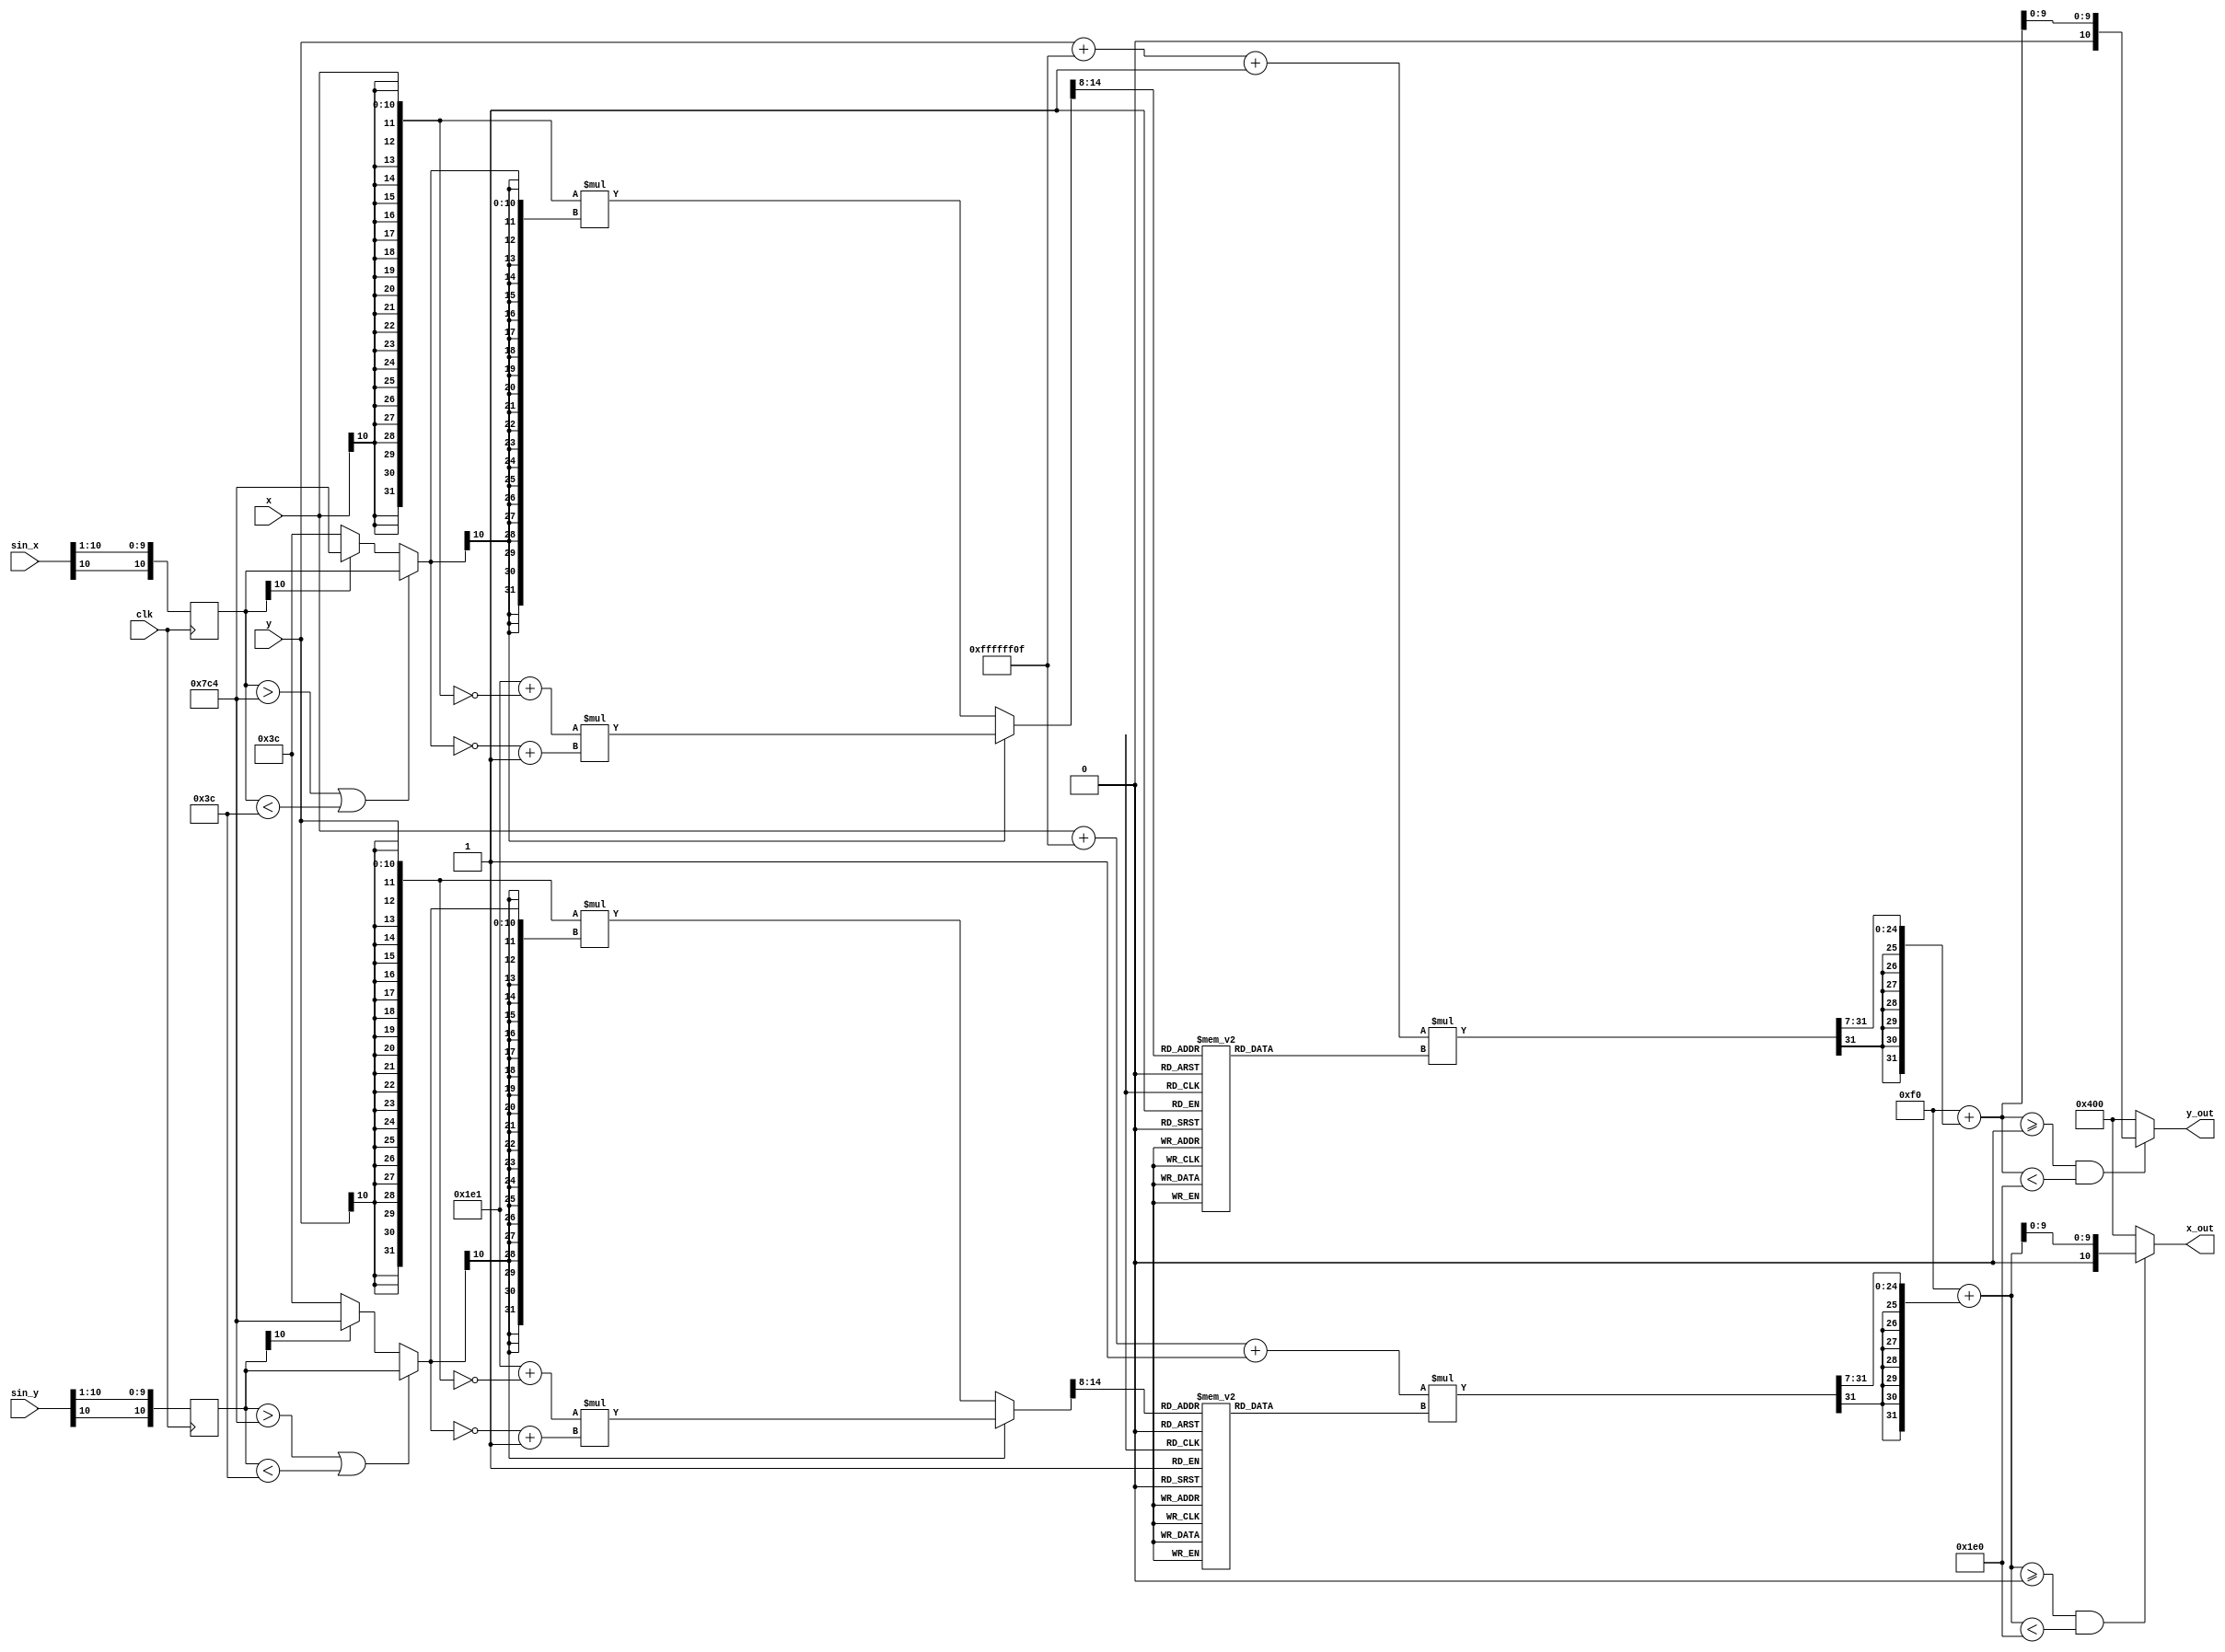
// out of bound mark
`define OUT 11'b10000000000

module transform_mapping(
	input clk,
	input [10:0] sin_x,
	input [10:0] sin_y,
	input [10:0] x,
	input [10:0] y,
	output [10:0] x_out,
	output [10:0] y_out
);

	// dx ~ sinx
	wire [10:0] dx;
	wire [10:0] dy;
	reg [10:0] dx_direct;
	reg [10:0] dy_direct;
	always @(posedge clk)begin
		dx_direct <= {{2{sin_x[10]}},sin_x[9:1]} ;
		dy_direct <= {{2{sin_y[10]}},sin_y[9:1]} ;
	end
	assign dx = (dx_direct>~11'd60+11'd1 || dx_direct<11'd60) ? dx_direct : ((dx_direct[10]==1'b1) ? (~11'd60+11'd1) : 11'd60);
	assign dy = (dy_direct>~11'd60+11'd1 || dy_direct<11'd60) ? dy_direct : ((dy_direct[10]==1'b1) ? (~11'd60+11'd1) : 11'd60);
	
	reg [7:0] kx;
	reg [7:0] ky;
	// kx(t) = x0 / (x0 - t)

	// t = dx*x or dx*(240-x)
	wire [31:0] dxx;
	wire [31:0] dyy;
	assign dxx = (dx[10]==1'b0) ? {{22{x[10]}},x[9:0]}*{{22{dx[10]}},dx[9:0]} : (32'd481+~{{22{x[10]}},x[9:0]})*{21'b0,~dx+11'd1};
	assign dyy = (dy[10]==1'b0) ? {{22{y[10]}},y[9:0]}*{{22{dy[10]}},dy[9:0]} : (32'd481+~{{22{y[10]}},y[9:0]})*{21'b0,~dy+11'd1};

	// solve k through ROM
	always@(dyy)begin
		case(dyy[14:8])
			7'd0:begin
				kx<=8'd128 ;
			end
			7'd1:begin
				kx<=8'd128 ;
			end
			7'd2:begin
				kx<=8'd129 ;
			end
			7'd3:begin
				kx<=8'd129 ;
			end
			7'd4:begin
				kx<=8'd130 ;
			end
			7'd5:begin
				kx<=8'd130 ;
			end
			7'd6:begin
				kx<=8'd131 ;
			end
			7'd7:begin
				kx<=8'd132 ;
			end
			7'd8:begin
				kx<=8'd132 ;
			end
			7'd9:begin
				kx<=8'd133 ;
			end
			7'd10:begin
				kx<=8'd133 ;
			end
			7'd11:begin
				kx<=8'd134 ;
			end
			7'd12:begin
				kx<=8'd135 ;
			end
			7'd13:begin
				kx<=8'd135 ;
			end
			7'd14:begin
				kx<=8'd136 ;
			end
			7'd15:begin
				kx<=8'd137 ;
			end
			7'd16:begin
				kx<=8'd137 ;
			end
			7'd17:begin
				kx<=8'd138 ;
			end
			7'd18:begin
				kx<=8'd139 ;
			end
			7'd19:begin
				kx<=8'd139 ;
			end
			7'd20:begin
				kx<=8'd140 ;
			end
			7'd21:begin
				kx<=8'd141 ;
			end
			7'd22:begin
				kx<=8'd141 ;
			end
			7'd23:begin
				kx<=8'd142 ;
			end
			7'd24:begin
				kx<=8'd143 ;
			end
			7'd25:begin
				kx<=8'd144 ;
			end
			7'd26:begin
				kx<=8'd144 ;
			end
			7'd27:begin
				kx<=8'd145 ;
			end
			7'd28:begin
				kx<=8'd146 ;
			end
			7'd29:begin
				kx<=8'd146 ;
			end
			7'd30:begin
				kx<=8'd147 ;
			end
			7'd31:begin
				kx<=8'd148 ;
			end
			7'd32:begin
				kx<=8'd149 ;
			end
			7'd33:begin
				kx<=8'd150 ;
			end
			7'd34:begin
				kx<=8'd150 ;
			end
			7'd35:begin
				kx<=8'd151 ;
			end
			7'd36:begin
				kx<=8'd152 ;
			end
			7'd37:begin
				kx<=8'd153 ;
			end
			7'd38:begin
				kx<=8'd154 ;
			end
			7'd39:begin
				kx<=8'd154 ;
			end
			7'd40:begin
				kx<=8'd155 ;
			end
			7'd41:begin
				kx<=8'd156 ;
			end
			7'd42:begin
				kx<=8'd157 ;
			end
			7'd43:begin
				kx<=8'd158 ;
			end
			7'd44:begin
				kx<=8'd159 ;
			end
			7'd45:begin
				kx<=8'd160 ;
			end
			7'd46:begin
				kx<=8'd160 ;
			end
			7'd47:begin
				kx<=8'd161 ;
			end
			7'd48:begin
				kx<=8'd162 ;
			end
			7'd49:begin
				kx<=8'd163 ;
			end
			7'd50:begin
				kx<=8'd164 ;
			end
			7'd51:begin
				kx<=8'd165 ;
			end
			7'd52:begin
				kx<=8'd166 ;
			end
			7'd53:begin
				kx<=8'd167 ;
			end
			7'd54:begin
				kx<=8'd168 ;
			end
			7'd55:begin
				kx<=8'd169 ;
			end
			7'd56:begin
				kx<=8'd170 ;
			end
			7'd57:begin
				kx<=8'd171 ;
			end
			7'd58:begin
				kx<=8'd172 ;
			end
			7'd59:begin
				kx<=8'd173 ;
			end
			7'd60:begin
				kx<=8'd174 ;
			end
			7'd61:begin
				kx<=8'd175 ;
			end
			7'd62:begin
				kx<=8'd176 ;
			end
			7'd63:begin
				kx<=8'd177 ;
			end
			7'd64:begin
				kx<=8'd178 ;
			end
			7'd65:begin
				kx<=8'd179 ;
			end
			7'd66:begin
				kx<=8'd181 ;
			end
			7'd67:begin
				kx<=8'd182 ;
			end
			7'd68:begin
				kx<=8'd183 ;
			end
			7'd69:begin
				kx<=8'd184 ;
			end
			7'd70:begin
				kx<=8'd185 ;
			end
			7'd71:begin
				kx<=8'd187 ;
			end
			7'd72:begin
				kx<=8'd188 ;
			end
			7'd73:begin
				kx<=8'd189 ;
			end
			7'd74:begin
				kx<=8'd190 ;
			end
			7'd75:begin
				kx<=8'd192 ;
			end
			7'd76:begin
				kx<=8'd193 ;
			end
			7'd77:begin
				kx<=8'd194 ;
			end
			7'd78:begin
				kx<=8'd195 ;
			end
			7'd79:begin
				kx<=8'd197 ;
			end
			7'd80:begin
				kx<=8'd198 ;
			end
			7'd81:begin
				kx<=8'd200 ;
			end
			7'd82:begin
				kx<=8'd201 ;
			end
			7'd83:begin
				kx<=8'd202 ;
			end
			7'd84:begin
				kx<=8'd204 ;
			end
			7'd85:begin
				kx<=8'd205 ;
			end
			7'd86:begin
				kx<=8'd207 ;
			end
			7'd87:begin
				kx<=8'd208 ;
			end
			7'd88:begin
				kx<=8'd210 ;
			end
			7'd89:begin
				kx<=8'd211 ;
			end
			7'd90:begin
				kx<=8'd213 ;
			end
			7'd91:begin
				kx<=8'd214 ;
			end
			7'd92:begin
				kx<=8'd216 ;
			end
			7'd93:begin
				kx<=8'd218 ;
			end
			7'd94:begin
				kx<=8'd219 ;
			end
			7'd95:begin
				kx<=8'd221 ;
			end
			7'd96:begin
				kx<=8'd223 ;
			end
			7'd97:begin
				kx<=8'd225 ;
			end
			7'd98:begin
				kx<=8'd226 ;
			end
			7'd99:begin
				kx<=8'd228 ;
			end
			7'd100:begin
				kx<=8'd230 ;
			end
			7'd101:begin
				kx<=8'd232 ;
			end
			7'd102:begin
				kx<=8'd234 ;
			end
			7'd103:begin
				kx<=8'd236 ;
			end
			7'd104:begin
				kx<=8'd238 ;
			end
			7'd105:begin
				kx<=8'd240 ;
			end
			7'd106:begin
				kx<=8'd242 ;
			end
			7'd107:begin
				kx<=8'd244 ;
			end
			7'd108:begin
				kx<=8'd246 ;
			end
			7'd109:begin
				kx<=8'd248 ;
			end
			7'd110:begin
				kx<=8'd250 ;
			end
			7'd111:begin
				kx<=8'd252 ;
			end
			7'd112:begin
				kx<=8'd254 ;
			end
			default:begin
				kx <= 10'd255;
			end
		endcase
	end

	always @(dxx)begin
		case(dxx[14:8])
			7'd0:begin
				ky<=8'd128 ;
			end
			7'd1:begin
				ky<=8'd128 ;
			end
			7'd2:begin
				ky<=8'd129 ;
			end
			7'd3:begin
				ky<=8'd129 ;
			end
			7'd4:begin
				ky<=8'd130 ;
			end
			7'd5:begin
				ky<=8'd130 ;
			end
			7'd6:begin
				ky<=8'd131 ;
			end
			7'd7:begin
				ky<=8'd132 ;
			end
			7'd8:begin
				ky<=8'd132 ;
			end
			7'd9:begin
				ky<=8'd133 ;
			end
			7'd10:begin
				ky<=8'd133 ;
			end
			7'd11:begin
				ky<=8'd134 ;
			end
			7'd12:begin
				ky<=8'd135 ;
			end
			7'd13:begin
				ky<=8'd135 ;
			end
			7'd14:begin
				ky<=8'd136 ;
			end
			7'd15:begin
				ky<=8'd137 ;
			end
			7'd16:begin
				ky<=8'd137 ;
			end
			7'd17:begin
				ky<=8'd138 ;
			end
			7'd18:begin
				ky<=8'd139 ;
			end
			7'd19:begin
				ky<=8'd139 ;
			end
			7'd20:begin
				ky<=8'd140 ;
			end
			7'd21:begin
				ky<=8'd141 ;
			end
			7'd22:begin
				ky<=8'd141 ;
			end
			7'd23:begin
				ky<=8'd142 ;
			end
			7'd24:begin
				ky<=8'd143 ;
			end
			7'd25:begin
				ky<=8'd144 ;
			end
			7'd26:begin
				ky<=8'd144 ;
			end
			7'd27:begin
				ky<=8'd145 ;
			end
			7'd28:begin
				ky<=8'd146 ;
			end
			7'd29:begin
				ky<=8'd146 ;
			end
			7'd30:begin
				ky<=8'd147 ;
			end
			7'd31:begin
				ky<=8'd148 ;
			end
			7'd32:begin
				ky<=8'd149 ;
			end
			7'd33:begin
				ky<=8'd150 ;
			end
			7'd34:begin
				ky<=8'd150 ;
			end
			7'd35:begin
				ky<=8'd151 ;
			end
			7'd36:begin
				ky<=8'd152 ;
			end
			7'd37:begin
				ky<=8'd153 ;
			end
			7'd38:begin
				ky<=8'd154 ;
			end
			7'd39:begin
				ky<=8'd154 ;
			end
			7'd40:begin
				ky<=8'd155 ;
			end
			7'd41:begin
				ky<=8'd156 ;
			end
			7'd42:begin
				ky<=8'd157 ;
			end
			7'd43:begin
				ky<=8'd158 ;
			end
			7'd44:begin
				ky<=8'd159 ;
			end
			7'd45:begin
				ky<=8'd160 ;
			end
			7'd46:begin
				ky<=8'd160 ;
			end
			7'd47:begin
				ky<=8'd161 ;
			end
			7'd48:begin
				ky<=8'd162 ;
			end
			7'd49:begin
				ky<=8'd163 ;
			end
			7'd50:begin
				ky<=8'd164 ;
			end
			7'd51:begin
				ky<=8'd165 ;
			end
			7'd52:begin
				ky<=8'd166 ;
			end
			7'd53:begin
				ky<=8'd167 ;
			end
			7'd54:begin
				ky<=8'd168 ;
			end
			7'd55:begin
				ky<=8'd169 ;
			end
			7'd56:begin
				ky<=8'd170 ;
			end
			7'd57:begin
				ky<=8'd171 ;
			end
			7'd58:begin
				ky<=8'd172 ;
			end
			7'd59:begin
				ky<=8'd173 ;
			end
			7'd60:begin
				ky<=8'd174 ;
			end
			7'd61:begin
				ky<=8'd175 ;
			end
			7'd62:begin
				ky<=8'd176 ;
			end
			7'd63:begin
				ky<=8'd177 ;
			end
			7'd64:begin
				ky<=8'd178 ;
			end
			7'd65:begin
				ky<=8'd179 ;
			end
			7'd66:begin
				ky<=8'd181 ;
			end
			7'd67:begin
				ky<=8'd182 ;
			end
			7'd68:begin
				ky<=8'd183 ;
			end
			7'd69:begin
				ky<=8'd184 ;
			end
			7'd70:begin
				ky<=8'd185 ;
			end
			7'd71:begin
				ky<=8'd187 ;
			end
			7'd72:begin
				ky<=8'd188 ;
			end
			7'd73:begin
				ky<=8'd189 ;
			end
			7'd74:begin
				ky<=8'd190 ;
			end
			7'd75:begin
				ky<=8'd192 ;
			end
			7'd76:begin
				ky<=8'd193 ;
			end
			7'd77:begin
				ky<=8'd194 ;
			end
			7'd78:begin
				ky<=8'd195 ;
			end
			7'd79:begin
				ky<=8'd197 ;
			end
			7'd80:begin
				ky<=8'd198 ;
			end
			7'd81:begin
				ky<=8'd200 ;
			end
			7'd82:begin
				ky<=8'd201 ;
			end
			7'd83:begin
				ky<=8'd202 ;
			end
			7'd84:begin
				ky<=8'd204 ;
			end
			7'd85:begin
				ky<=8'd205 ;
			end
			7'd86:begin
				ky<=8'd207 ;
			end
			7'd87:begin
				ky<=8'd208 ;
			end
			7'd88:begin
				ky<=8'd210 ;
			end
			7'd89:begin
				ky<=8'd211 ;
			end
			7'd90:begin
				ky<=8'd213 ;
			end
			7'd91:begin
				ky<=8'd214 ;
			end
			7'd92:begin
				ky<=8'd216 ;
			end
			7'd93:begin
				ky<=8'd218 ;
			end
			7'd94:begin
				ky<=8'd219 ;
			end
			7'd95:begin
				ky<=8'd221 ;
			end
			7'd96:begin
				ky<=8'd223 ;
			end
			7'd97:begin
				ky<=8'd225 ;
			end
			7'd98:begin
				ky<=8'd226 ;
			end
			7'd99:begin
				ky<=8'd228 ;
			end
			7'd100:begin
				ky<=8'd230 ;
			end
			7'd101:begin
				ky<=8'd232 ;
			end
			7'd102:begin
				ky<=8'd234 ;
			end
			7'd103:begin
				ky<=8'd236 ;
			end
			7'd104:begin
				ky<=8'd238 ;
			end
			7'd105:begin
				ky<=8'd240 ;
			end
			7'd106:begin
				ky<=8'd242 ;
			end
			7'd107:begin
				ky<=8'd244 ;
			end
			7'd108:begin
				ky<=8'd246 ;
			end
			7'd109:begin
				ky<=8'd248 ;
			end
			7'd110:begin
				ky<=8'd250 ;
			end
			7'd111:begin
				ky<=8'd252 ;
			end
			7'd112:begin
				ky<=8'd254 ;
			end
			default:begin
				ky <= 8'd255;
			end
		endcase
	end
	
	// y = 240 + (y-240)*ky(x*dx)
	// x = 240 + (x-240)*kx(y*dy)
	wire [31:0] x_real;
	wire [31:0] y_real;
	wire [31:0] x_mid;
	wire [31:0] y_mid;
	assign x_mid = (x + ~(32'd240) + 32'd1)*kx;
	assign y_mid = (y + ~(32'd240) + 32'd1)*ky;
	assign x_real = 32'd240 + {{8{x_mid[31]}},x_mid[30:7]};
	assign y_real = 32'd240 + {{8{y_mid[31]}},y_mid[30:7]};

	assign x_out = (x_real>=32'b0 && x_real < 32'd480) ? {1'b0,x_real[9:0]} : `OUT;
	assign y_out = (y_real>=32'b0 && y_real < 32'd480) ? {1'b0,y_real[9:0]} : `OUT;

endmodule